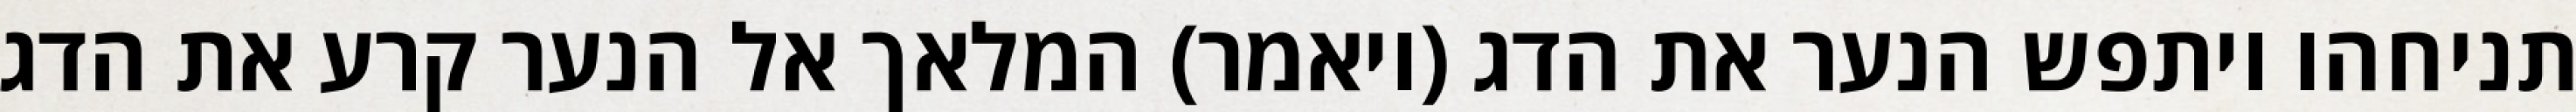
תניחהו ויתפש הנער את הדג (ויאמר) המלאך אל הנער קרע את הדג